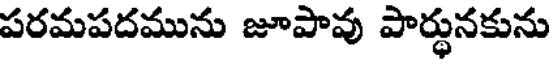
పరమపదమును జూపావు పార్థునకును